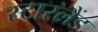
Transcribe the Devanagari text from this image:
स्टारलैंड